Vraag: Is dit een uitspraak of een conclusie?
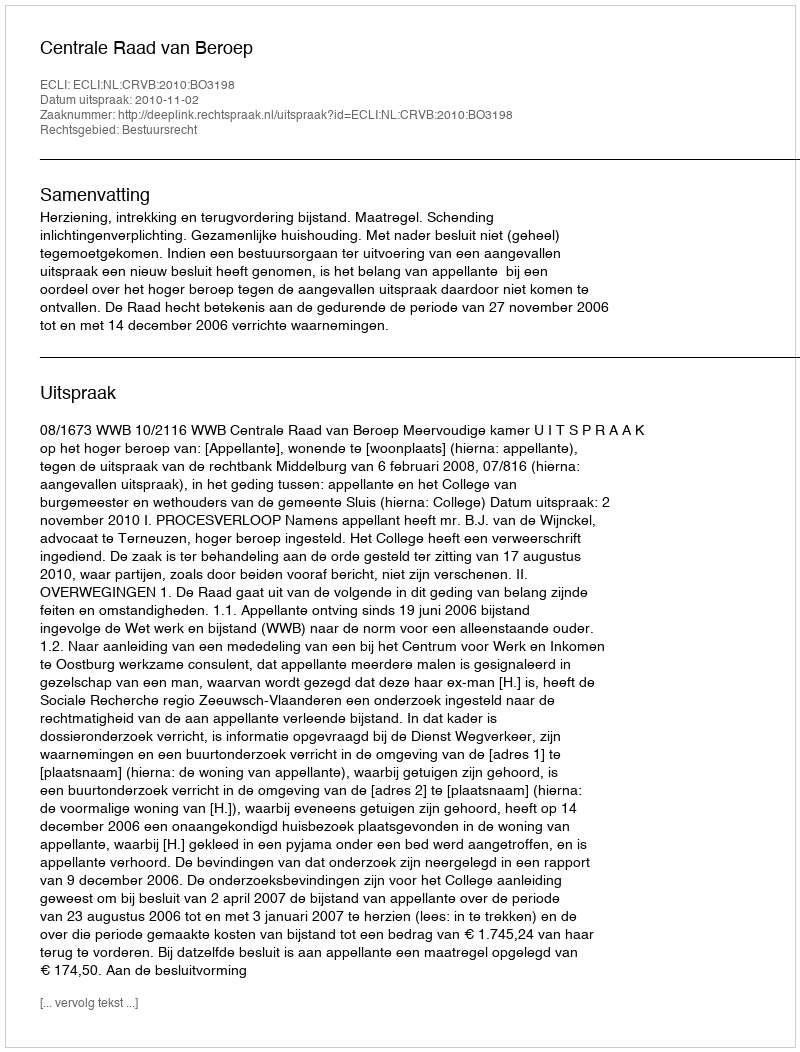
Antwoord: Uitspraak